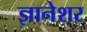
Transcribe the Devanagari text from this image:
ज्ञानेशर